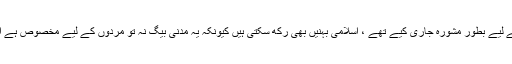
جواب : ہم نے مَدَنی بیگ اسلامی بھائیوں کے لیے بطورِ مشورہ جاری کیے تھے ، اسلامی بہنیں بھی رکھ سکتی ہیں کیونکہ یہ مَدَنی بیگ نہ تو مَردوں کے لیے مَخصُوص ہے اور نہ ہی اس میں مَردوں سے مُشابَہت ہے ۔